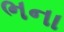
ભના